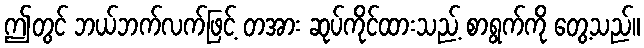
ဤတွင် ဘယ်ဘက်လက်ဖြင့် တအား ဆုပ်ကိုင်ထားသည့် စာရွက်ကို တွေ့သည်။